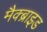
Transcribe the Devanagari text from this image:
मैक्ब्राइड